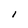
Character: I